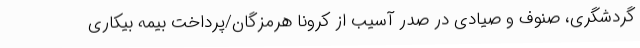
گردشگری، صنوف و صیادی در صدر آسیب از کرونا هرمزگان/پرداخت بیمه بیکاری